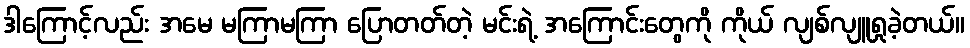
ဒါကြောင့်လည်း အမေ မကြာမကြာ ပြောတတ်တဲ့ မင်းရဲ့ အကြောင်းတွေကို ကိုယ် လျစ်လျူရှုခဲ့တယ်။